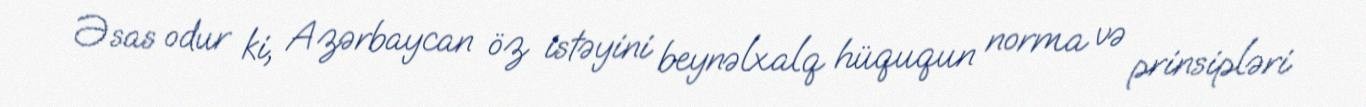
Əsas odur ki, Azərbaycan öz istəyini beynəlxalq hüququn norma və prinsipləri